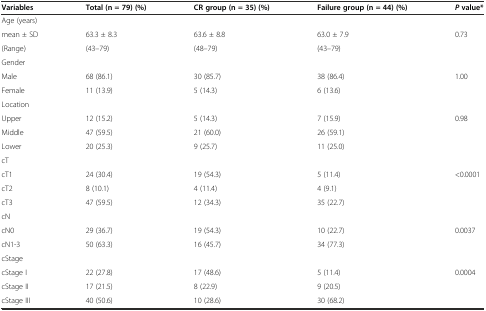
<table><thead><tr><td><b>Variables</b></td><td><b>Total (n = 79) (%)</b></td><td><b>CR group (n = 35) (%)</b></td><td><b>Failure group (n = 44) (%)</b></td><td><b><i>P</i>value*</b></td></tr></thead><tbody><tr><td>Age (years)</td><td></td><td></td><td></td><td></td></tr><tr><td>mean ± SD</td><td>63.3 ± 8.3</td><td>63.6 ± 8.8</td><td>63.0 ± 7.9</td><td>0.73</td></tr><tr><td>(Range)</td><td>(43–79)</td><td>(48–79)</td><td>(43–79)</td><td></td></tr><tr><td>Gender</td><td></td><td></td><td></td><td></td></tr><tr><td>Male</td><td>68 (86.1)</td><td>30 (85.7)</td><td>38 (86.4)</td><td>1.00</td></tr><tr><td>Female</td><td>11 (13.9)</td><td>5 (14.3)</td><td>6 (13.6)</td><td></td></tr><tr><td>Location</td><td></td><td></td><td></td><td></td></tr><tr><td>Upper</td><td>12 (15.2)</td><td>5 (14.3)</td><td>7 (15.9)</td><td>0.98</td></tr><tr><td>Middle</td><td>47 (59.5)</td><td>21 (60.0)</td><td>26 (59.1)</td><td></td></tr><tr><td>Lower</td><td>20 (25.3)</td><td>9 (25.7)</td><td>11 (25.0)</td><td></td></tr><tr><td>cT</td><td></td><td></td><td></td><td></td></tr><tr><td>cT1</td><td>24 (30.4)</td><td>19 (54.3)</td><td>5 (11.4)</td><td>&lt;0.0001</td></tr><tr><td>cT2</td><td>8 (10.1)</td><td>4 (11.4)</td><td>4 (9.1)</td><td></td></tr><tr><td>cT3</td><td>47 (59.5)</td><td>12 (34.3)</td><td>35 (22.7)</td><td></td></tr><tr><td>cN</td><td></td><td></td><td></td><td></td></tr><tr><td>cN0</td><td>29 (36.7)</td><td>19 (54.3)</td><td>10 (22.7)</td><td>0.0037</td></tr><tr><td>cN1-3</td><td>50 (63.3)</td><td>16 (45.7)</td><td>34 (77.3)</td><td></td></tr><tr><td>cStage</td><td></td><td></td><td></td><td></td></tr><tr><td>cStage I</td><td>22 (27.8)</td><td>17 (48.6)</td><td>5 (11.4)</td><td>0.0004</td></tr><tr><td>cStage II</td><td>17 (21.5)</td><td>8 (22.9)</td><td>9 (20.5)</td><td></td></tr><tr><td>cStage III</td><td>40 (50.6)</td><td>10 (28.6)</td><td>30 (68.2)</td><td></td></tr></tbody></table>